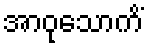
အာဝုသောကိံ